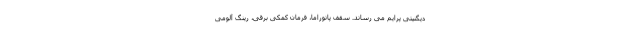
دیگنیتی پرایم می رساند. سقف پانوراما، فرمان کمکی برقی، رینگ آلومی